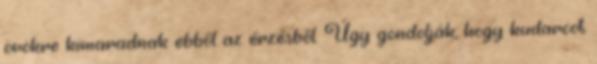
örökre kimaradnak ebből az érzésből. Úgy gondolják, hogy kudarcot